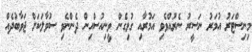
މިނިސްޓަރު އުމަރު ނަސީރު ނެރުއްވެވި އަމުރާއި ގުޅިގެން ވީނިއުސްއިން ދެންނެވި ސުވާލަކަށް ޖަވާބުދެއް